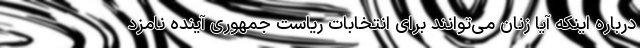
درباره اینکه آیا زنان می‌توانند برای انتخابات ریاست جمهوری آینده نامزد